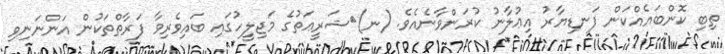
ތިބި ކޮންބައެއްކަން ފަނޑިޔާރު އިޢުލާނު ކުރަންވާނެއެވެ. (ނ)	ޝަރީޢަތުގެ މަޖިލީހުގައި ބައިވެރިވާ ފަރާތްތަކުން އަންނަނިވި